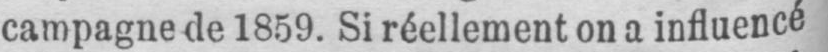
campagne de 1859. Si réellement on a influencé